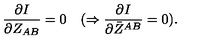
{ \frac { \partial I } { \partial Z _ { A B } } } = 0 \quad ( \Rightarrow { \frac { \partial I } { \partial \bar { Z } ^ { A B } } } = 0 ) .